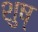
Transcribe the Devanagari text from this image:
शुष्